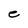
Character: e